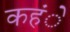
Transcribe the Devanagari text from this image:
कहंे